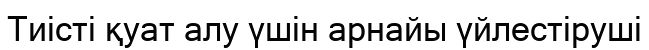
Тиісті қуат алу үшін арнайы үйлестіруші